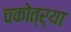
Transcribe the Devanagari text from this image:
चकोत्र्या